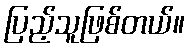
ပြည့်သူဖြစ်တယ်။